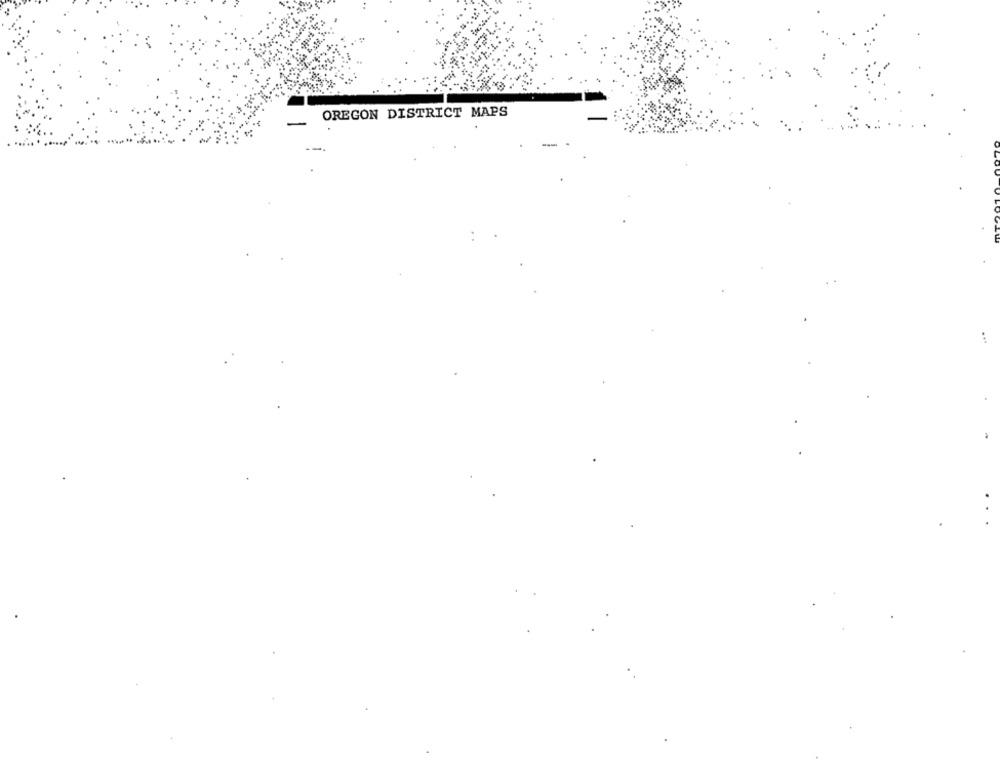
OREGON DISTRICT MAPS
-
-